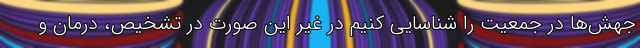
جهش‌ها در جمعیت را شناسایی کنیم در غیر این صورت در تشخیص، درمان و